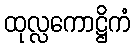
ထုလ္လကောဋ္ဌိကံ